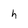
Character: h